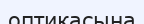
оптикасына